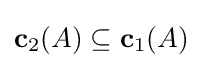
\mathbf {c} _{2}(A)\subseteq \mathbf {c} _{1}(A)